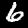
Label: 6